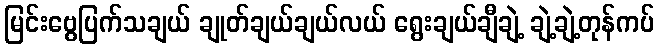
မြင်းဗွေပြက်သချယ် ချုတ်ချယ်ချယ်လယ် ရွေးချယ်ချီချဲ့ ချဲ့ချဲ့တုန်ကပ်